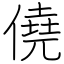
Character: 僥